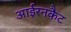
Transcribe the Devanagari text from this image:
आईरनकैट